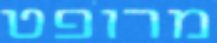
מרופט